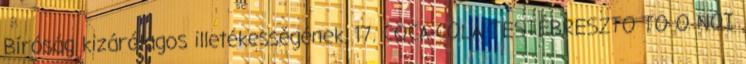
Bíróság kizárólagos illetékességének. 17. COCA-COLA TESTÉBRESZTO TO O NOI